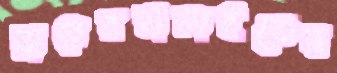
রানেরহালাইতেস্ব